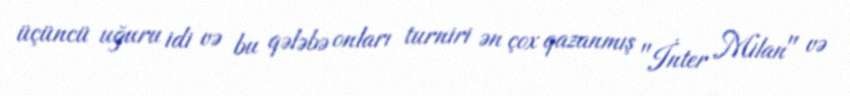
üçüncü uğuru idi və bu qələbə onları turniri ən çox qazanmış "İnter Milan" və